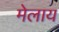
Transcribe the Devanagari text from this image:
मेलाय